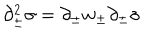
LaTeX: \partial _ { \pm } ^ { 2 } \sigma = \partial _ { \pm } w _ { \pm } \partial _ { \pm } \sigma